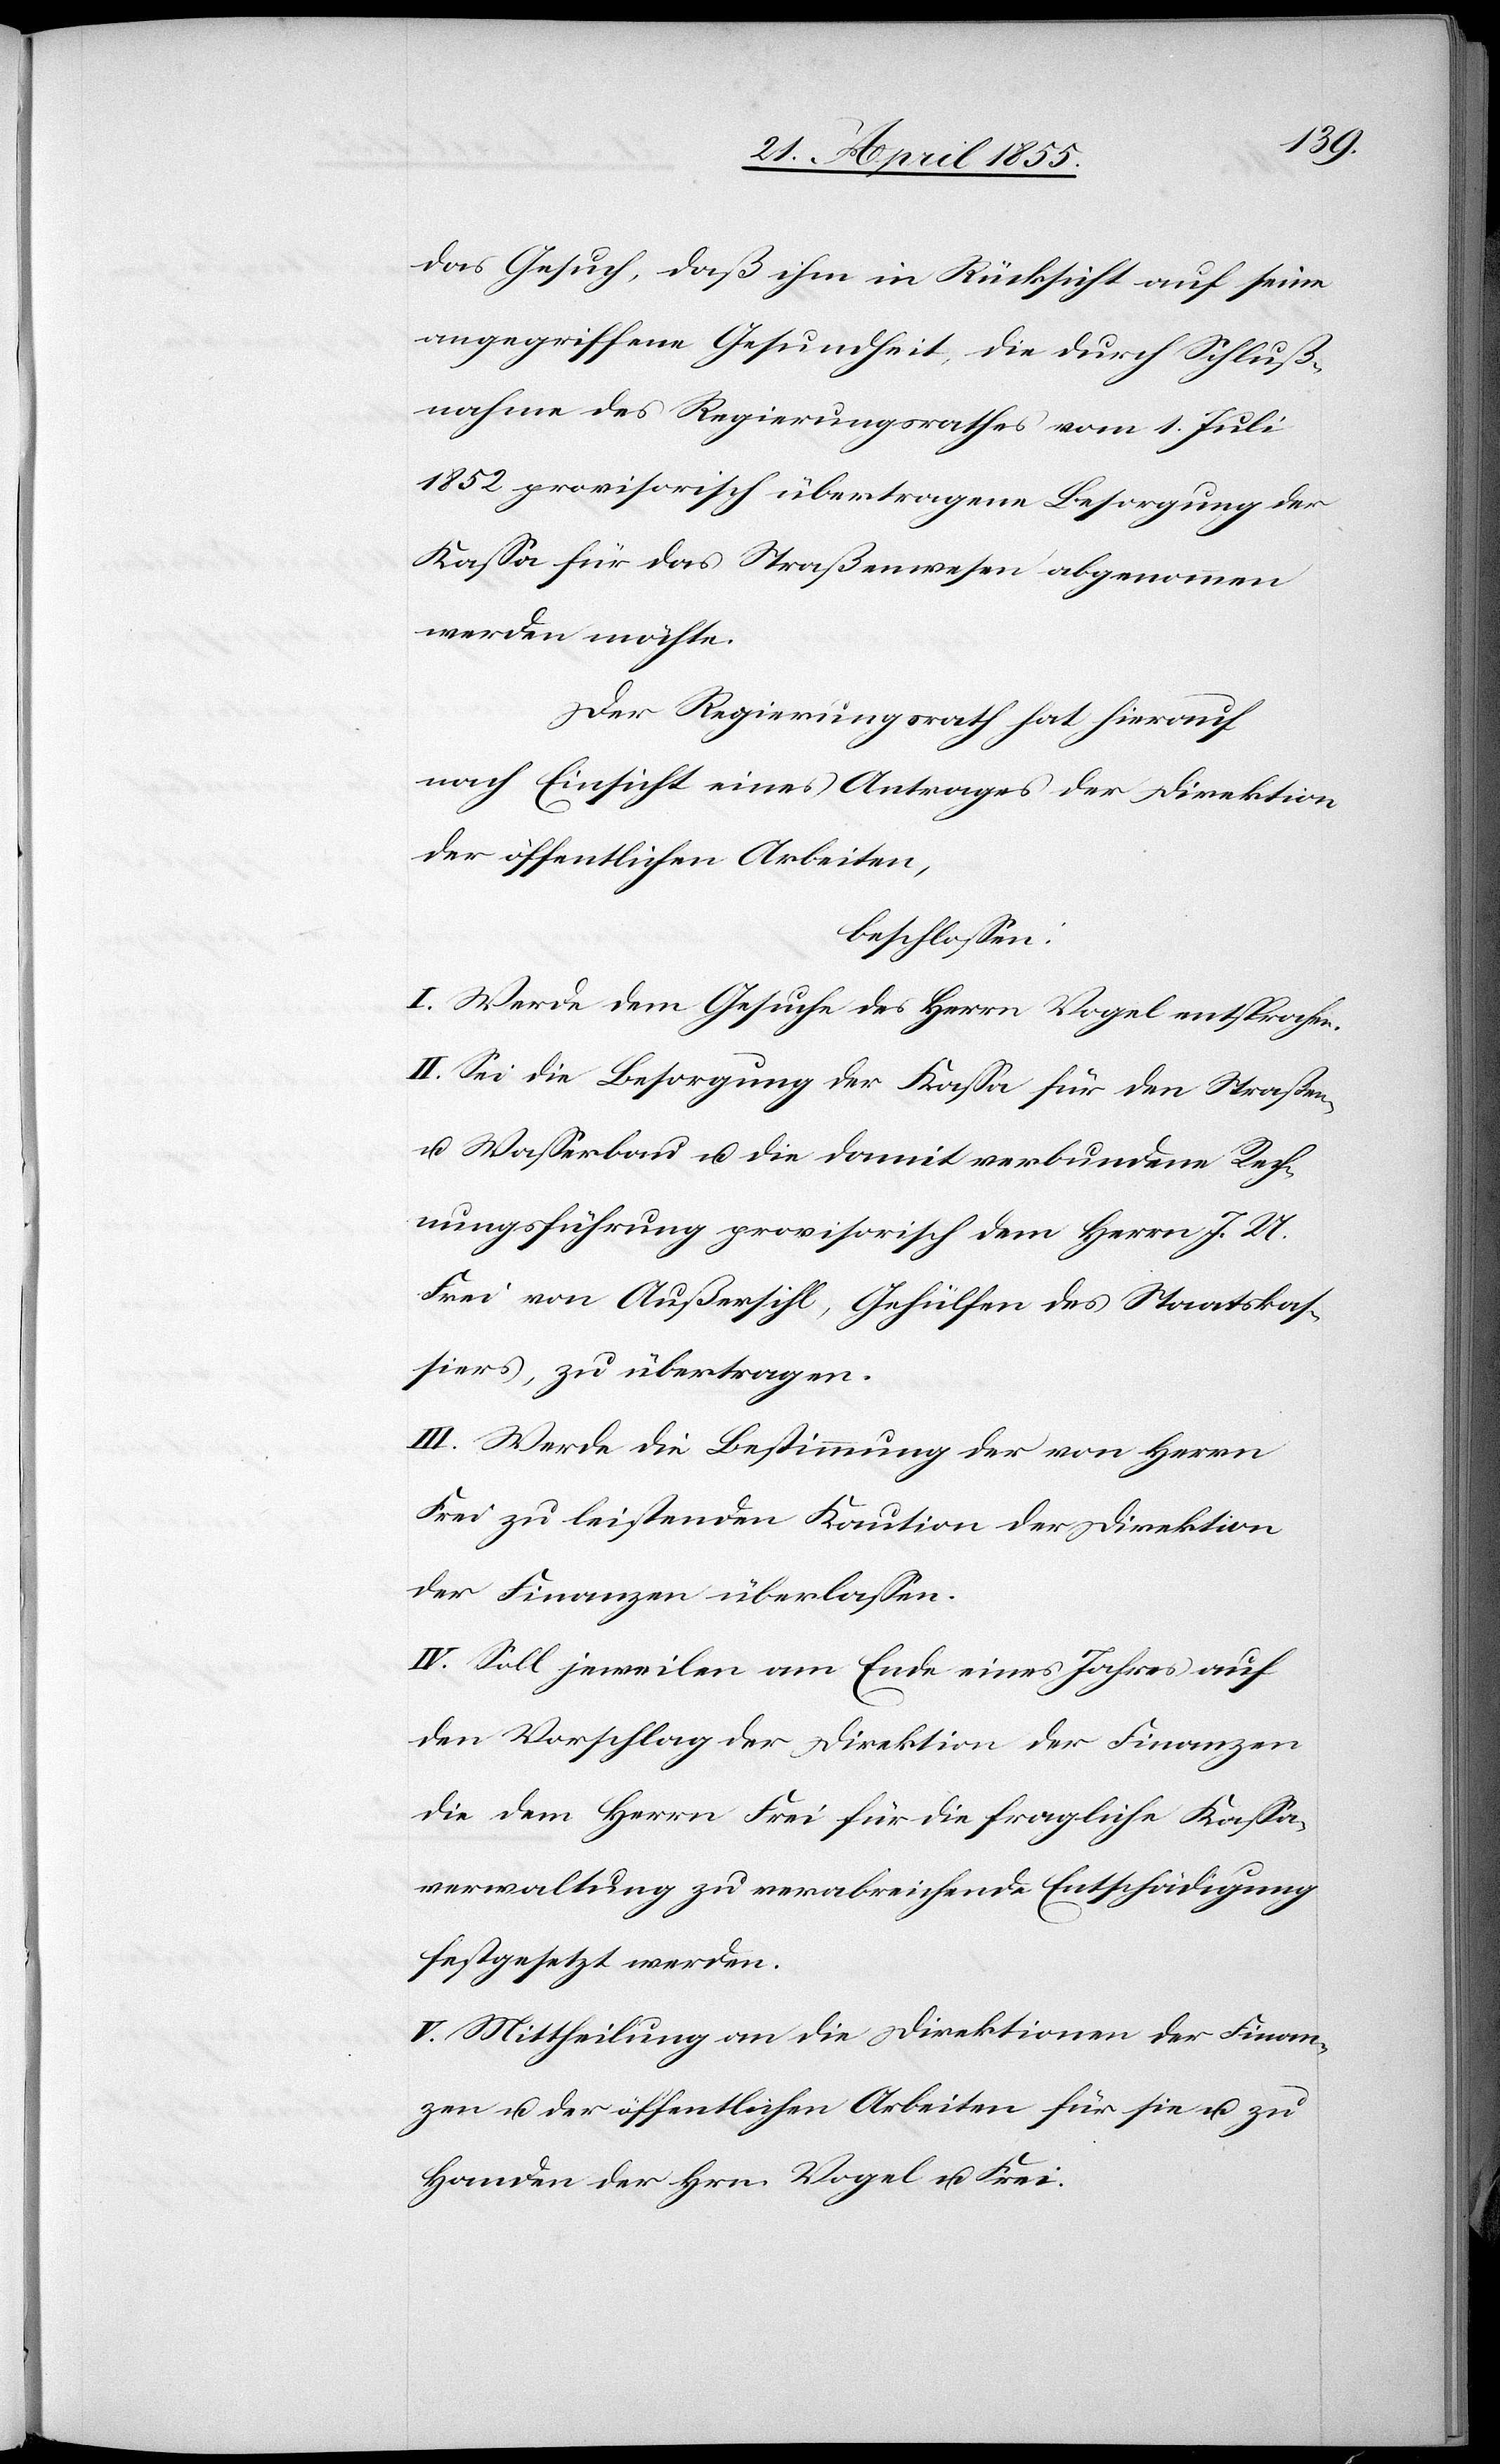
das Gesuch, daß ihm in Rücksicht auf seine
angegriffene Gesundheit, die durch Schluß¬
nahme des Regierungsrathes vom 1. Juli
1852 provisorisch übertragene Besorgung der
Kassa für das Straßenwesen abgenommen
werden möchte.
Der Regierungsrath hat hierauf
nach Einsicht eines Antrages der Direktion
der öffentlichen Arbeiten,
beschlossen:
I. Werde dem Gesuche des Herrn Vogel entsprochen.
II. Sei die Besorgung der Kassa für den Straßen-
u. Wasserbau u. die damit verbundene Rech¬
nungsführung provisorisch dem Herrn J. U.
Frei von Außersihl, Gehülfen des Staatskas¬
siers, zu übertragen.
III. Werde die Bestimmung der von Herrn
Frei zu leistenden Kaution der Direktion
der Finanzen überlassen.
IV. Soll jeweilen am Ende eines Jahres auf
den Vorschlag der Direktion der Finanzen
die dem Herrn Frei für die fragliche Kassa¬
verwaltung zu verabreichende Entschädigung
festgesetzt werden.
V. Mittheilung an die Direktionen der Finan¬
zen u. der öffentlichen Arbeiten für sie u. zu
Handen der Hrn. Vogel u. Frei.